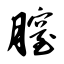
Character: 膣